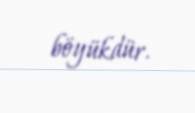
böyükdür.